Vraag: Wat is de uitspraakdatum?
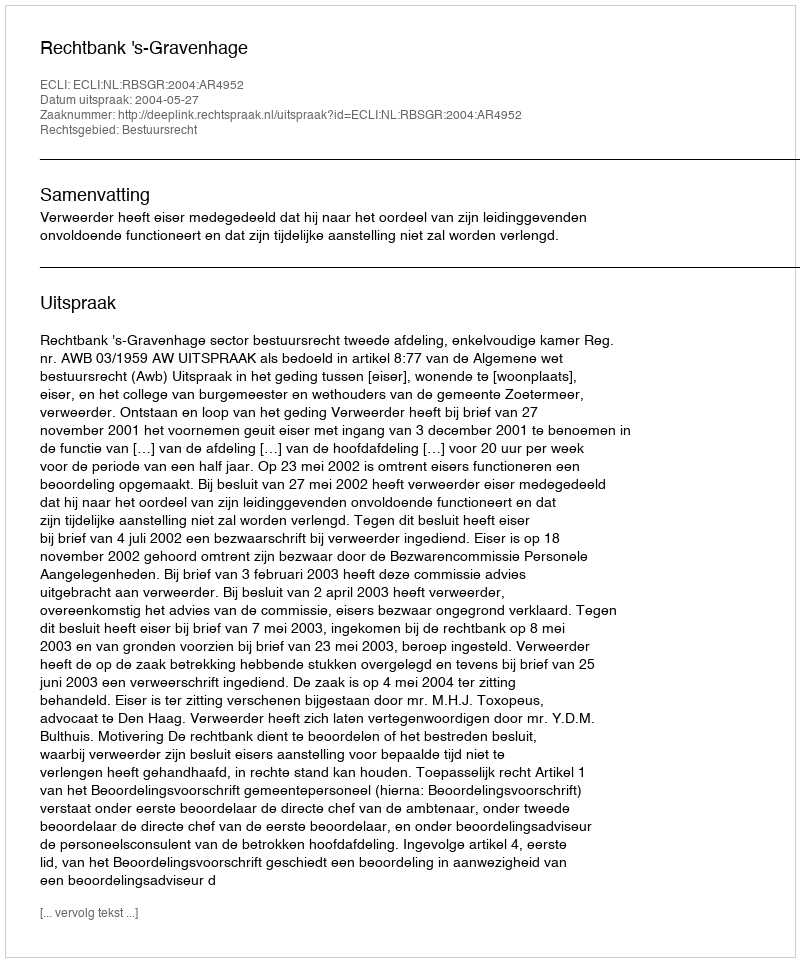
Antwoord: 2004-05-27